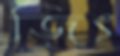
জিৎ